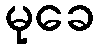
မုခေ